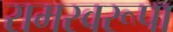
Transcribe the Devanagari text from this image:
रामस्वरूपा